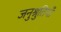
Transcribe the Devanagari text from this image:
जनुश्रुतियाँ